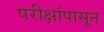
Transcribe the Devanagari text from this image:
परीक्षांपासून